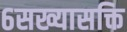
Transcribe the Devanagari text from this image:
६सख्यासक्ति